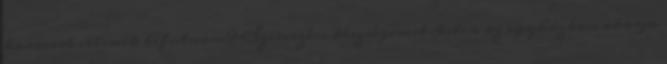
karriert illenék befutnom? Szervezési készségemet Isten az egyházban akarja